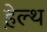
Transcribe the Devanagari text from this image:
हे़ल्थ